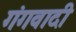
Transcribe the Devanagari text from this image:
गंगवादी